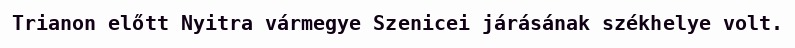
Trianon előtt Nyitra vármegye Szenicei járásának székhelye volt.